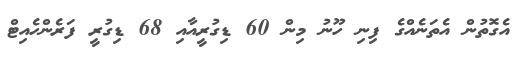
އެގޮތުން އެތަނެއްގެ ފިނި ހޫނު މިން 60 ޑިގުރީއާއި 68 ޑިގުރީ ފަރެންހެއިޓް